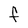
Character: F